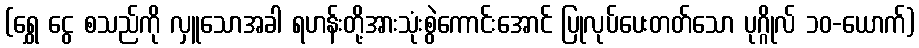
(ရွှေ ငွေ စသည်ကို လှူသောအခါ ရဟန်းတို့အားသုံးစွဲကောင်းအောင် ပြုလုပ်ပေးတတ်သော ပုဂ္ဂိုလ် ၁၀-ယောက်)